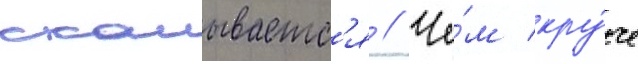
скалываетс'я // Че́м кру́че